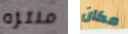
منتزه مكان